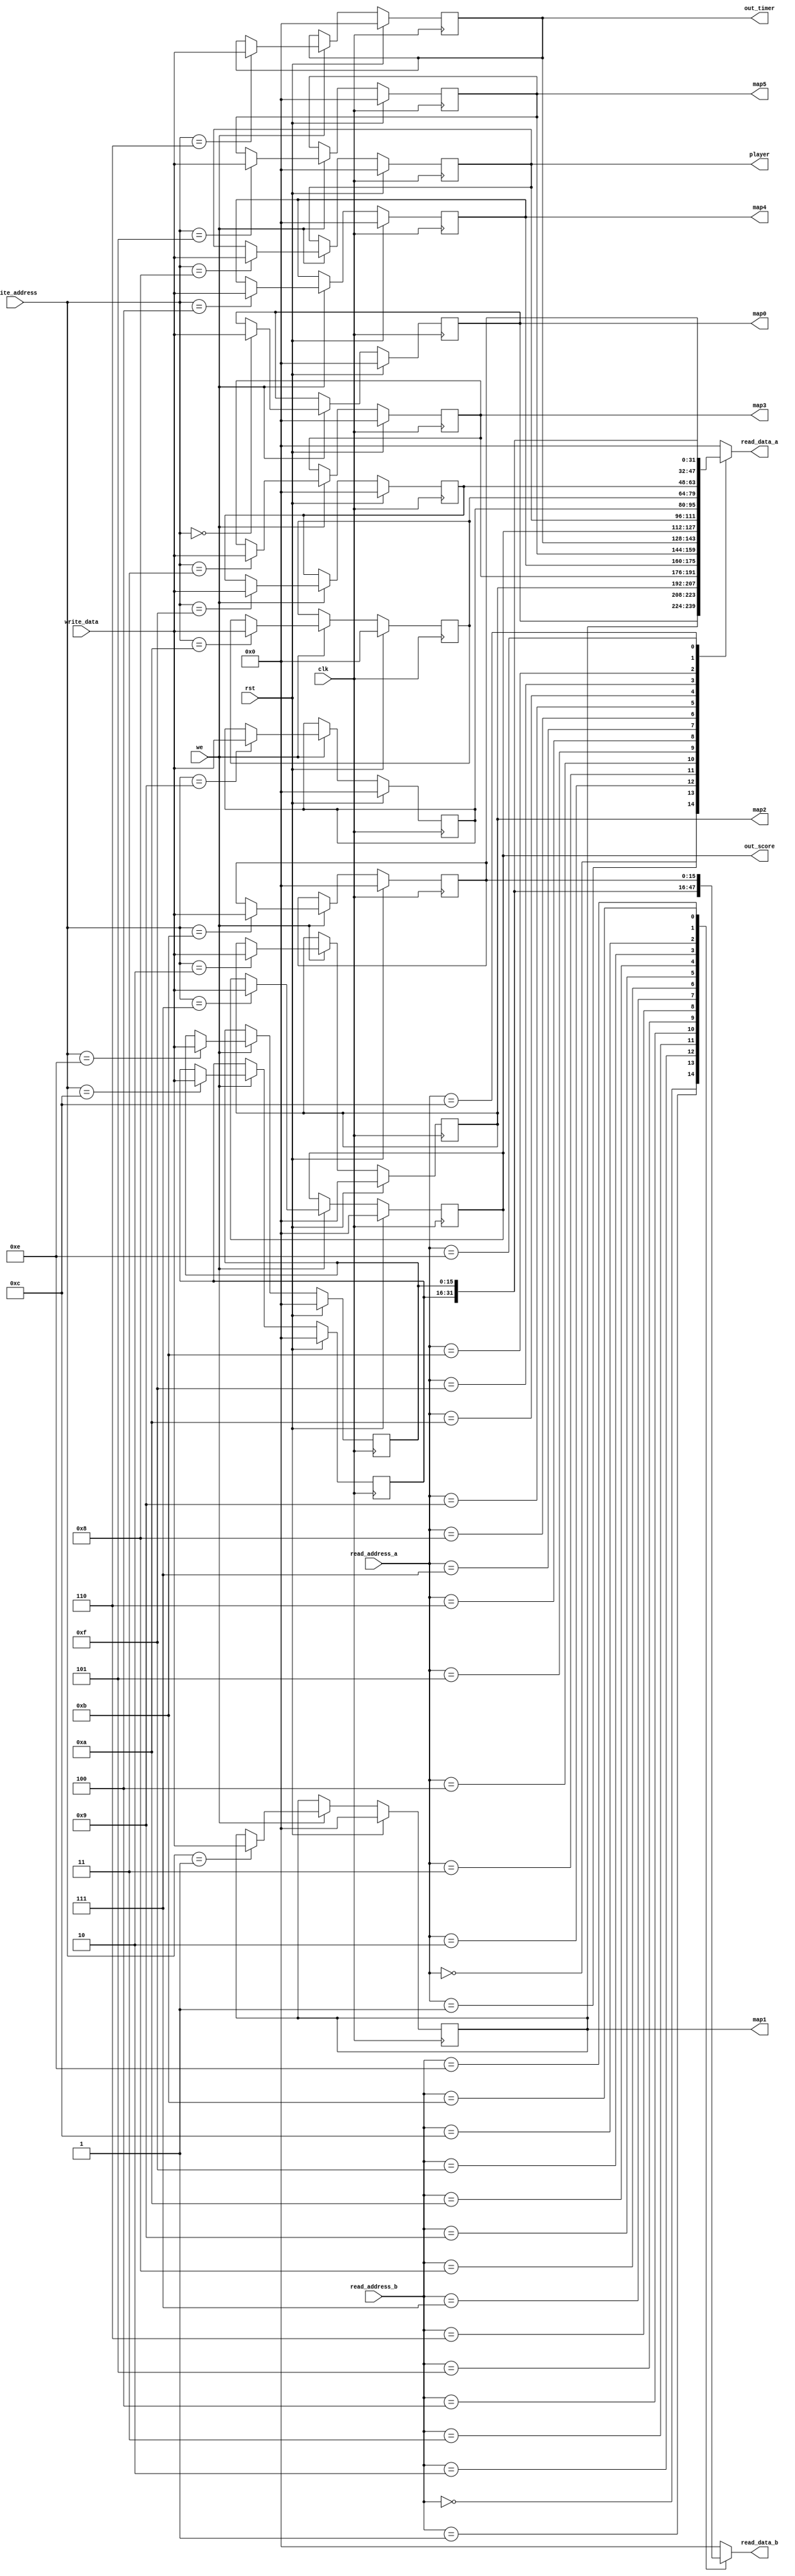
/*
   This file was generated automatically by Alchitry Labs version 1.2.1.
   Do not edit this file directly. Instead edit the original Lucid source.
   This is a temporary file and any changes made to it will be destroyed.
*/

module regfile_12 (
    input clk,
    input rst,
    input [3:0] write_address,
    input we,
    input [15:0] write_data,
    input [3:0] read_address_a,
    input [3:0] read_address_b,
    output reg [15:0] read_data_a,
    output reg [15:0] read_data_b,
    output reg [15:0] out_timer,
    output reg [15:0] out_score,
    output reg [15:0] map0,
    output reg [15:0] map1,
    output reg [15:0] map2,
    output reg [15:0] map3,
    output reg [15:0] map4,
    output reg [15:0] map5,
    output reg [15:0] player
  );
  
  
  
  reg [15:0] M_column0_d, M_column0_q = 1'h0;
  reg [15:0] M_column1_d, M_column1_q = 1'h0;
  reg [15:0] M_column2_d, M_column2_q = 1'h0;
  reg [15:0] M_column3_d, M_column3_q = 1'h0;
  reg [15:0] M_column4_d, M_column4_q = 1'h0;
  reg [15:0] M_column5_d, M_column5_q = 1'h0;
  reg [15:0] M_timer_d, M_timer_q = 1'h0;
  reg [15:0] M_score_d, M_score_q = 1'h0;
  reg [15:0] M_player_led_d, M_player_led_q = 1'h0;
  reg [15:0] M_player_obs_d, M_player_obs_q = 1'h0;
  reg [15:0] M_pos_startLine_d, M_pos_startLine_q = 1'h0;
  reg [15:0] M_check_playerMovement_d, M_check_playerMovement_q = 1'h0;
  reg [15:0] M_temp_var_d, M_temp_var_q = 1'h0;
  reg [15:0] M_temp_var2_d, M_temp_var2_q = 1'h0;
  reg [15:0] M_temp_var3_d, M_temp_var3_q = 1'h0;
  
  always @* begin
    M_column1_d = M_column1_q;
    M_check_playerMovement_d = M_check_playerMovement_q;
    M_column0_d = M_column0_q;
    M_pos_startLine_d = M_pos_startLine_q;
    M_column5_d = M_column5_q;
    M_column4_d = M_column4_q;
    M_column3_d = M_column3_q;
    M_temp_var2_d = M_temp_var2_q;
    M_column2_d = M_column2_q;
    M_temp_var3_d = M_temp_var3_q;
    M_temp_var_d = M_temp_var_q;
    M_timer_d = M_timer_q;
    M_score_d = M_score_q;
    M_player_obs_d = M_player_obs_q;
    M_player_led_d = M_player_led_q;
    
    read_data_a = 1'h0;
    read_data_b = 1'h0;
    out_timer = M_timer_q;
    out_score = M_score_q;
    map0 = M_column0_q;
    map1 = M_column1_q;
    map2 = M_column2_q;
    map3 = M_column3_q;
    map4 = M_column4_q;
    map5 = M_column5_q;
    player = M_player_led_q;
    if (we) begin
      
      case (write_address)
        4'h0: begin
          M_column0_d = write_data;
        end
        4'h1: begin
          M_column1_d = write_data;
        end
        4'h2: begin
          M_column2_d = write_data;
        end
        4'h3: begin
          M_column3_d = write_data;
        end
        4'h4: begin
          M_column4_d = write_data;
        end
        4'h5: begin
          M_column5_d = write_data;
        end
        4'h6: begin
          M_timer_d = write_data;
        end
        4'h7: begin
          M_score_d = write_data;
        end
        4'h8: begin
          M_player_led_d = write_data;
        end
        4'h9: begin
          M_pos_startLine_d = write_data;
        end
        4'ha: begin
          M_check_playerMovement_d = write_data;
        end
        4'hb: begin
          M_player_obs_d = write_data;
        end
        4'hf: begin
          M_temp_var_d = write_data;
        end
        4'hc: begin
          M_temp_var2_d = write_data;
        end
        4'he: begin
          M_temp_var3_d = write_data;
        end
      endcase
    end
    
    case (read_address_a)
      4'h0: begin
        read_data_a = M_column0_q;
      end
      4'h1: begin
        read_data_a = M_column1_q;
      end
      4'h2: begin
        read_data_a = M_column2_q;
      end
      4'h3: begin
        read_data_a = M_column3_q;
      end
      4'h4: begin
        read_data_a = M_column4_q;
      end
      4'h5: begin
        read_data_a = M_column5_q;
      end
      4'h6: begin
        read_data_a = M_timer_q;
      end
      4'h7: begin
        read_data_a = M_score_q;
      end
      4'h8: begin
        read_data_a = M_player_led_q;
      end
      4'h9: begin
        read_data_a = M_pos_startLine_q;
      end
      4'ha: begin
        read_data_a = M_check_playerMovement_q;
      end
      4'hf: begin
        read_data_a = M_temp_var_q;
      end
      4'hb: begin
        read_data_a = M_player_obs_q;
      end
      4'hc: begin
        read_data_a = M_temp_var2_q;
      end
      4'he: begin
        read_data_a = M_temp_var3_q;
      end
      default: begin
        read_data_a = 1'h0;
      end
    endcase
    
    case (read_address_b)
      4'h0: begin
        read_data_b = M_column0_q;
      end
      4'h1: begin
        read_data_b = M_column1_q;
      end
      4'h2: begin
        read_data_b = M_column2_q;
      end
      4'h3: begin
        read_data_b = M_column3_q;
      end
      4'h4: begin
        read_data_b = M_column4_q;
      end
      4'h5: begin
        read_data_b = M_column5_q;
      end
      4'h6: begin
        read_data_b = M_timer_q;
      end
      4'h7: begin
        read_data_b = M_score_q;
      end
      4'h8: begin
        read_data_b = M_player_led_q;
      end
      4'h9: begin
        read_data_b = M_pos_startLine_q;
      end
      4'ha: begin
        read_data_b = M_check_playerMovement_q;
      end
      4'hf: begin
        read_data_b = M_temp_var_q;
      end
      4'hc: begin
        read_data_b = M_temp_var2_q;
      end
      4'he: begin
        read_data_b = M_temp_var3_q;
      end
      4'hb: begin
        read_data_b = M_player_obs_q;
      end
      default: begin
        read_data_b = 1'h0;
      end
    endcase
  end
  
  always @(posedge clk) begin
    if (rst == 1'b1) begin
      M_column0_q <= 1'h0;
      M_column1_q <= 1'h0;
      M_column2_q <= 1'h0;
      M_column3_q <= 1'h0;
      M_column4_q <= 1'h0;
      M_column5_q <= 1'h0;
      M_timer_q <= 1'h0;
      M_score_q <= 1'h0;
      M_player_led_q <= 1'h0;
      M_player_obs_q <= 1'h0;
      M_pos_startLine_q <= 1'h0;
      M_check_playerMovement_q <= 1'h0;
      M_temp_var_q <= 1'h0;
      M_temp_var2_q <= 1'h0;
      M_temp_var3_q <= 1'h0;
    end else begin
      M_column0_q <= M_column0_d;
      M_column1_q <= M_column1_d;
      M_column2_q <= M_column2_d;
      M_column3_q <= M_column3_d;
      M_column4_q <= M_column4_d;
      M_column5_q <= M_column5_d;
      M_timer_q <= M_timer_d;
      M_score_q <= M_score_d;
      M_player_led_q <= M_player_led_d;
      M_player_obs_q <= M_player_obs_d;
      M_pos_startLine_q <= M_pos_startLine_d;
      M_check_playerMovement_q <= M_check_playerMovement_d;
      M_temp_var_q <= M_temp_var_d;
      M_temp_var2_q <= M_temp_var2_d;
      M_temp_var3_q <= M_temp_var3_d;
    end
  end
  
endmodule